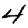
Digit: 4